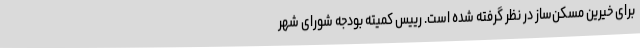
برای خیرین مسکن‌ساز در نظر گرفته شده است. رییس کمیته بودجه شورای شهر